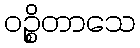
ဝဉ္စိတာသေ